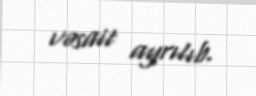
vəsait ayrılıb.